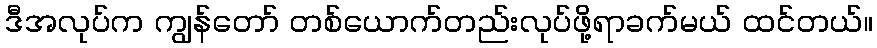
ဒီအလုပ်က ကျွန်တော် တစ်ယောက်တည်းလုပ်ဖို့ရာခက်မယ် ထင်တယ်။